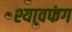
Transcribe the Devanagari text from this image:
श्यावफंग